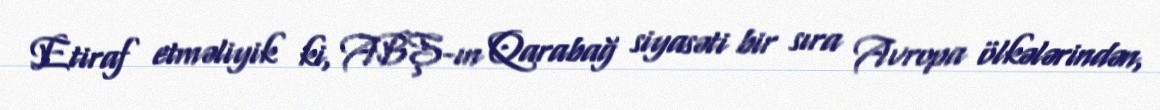
Etiraf etməliyik ki, ABŞ-ın Qarabağ siyasəti bir sıra Avropa ölkələrindən,